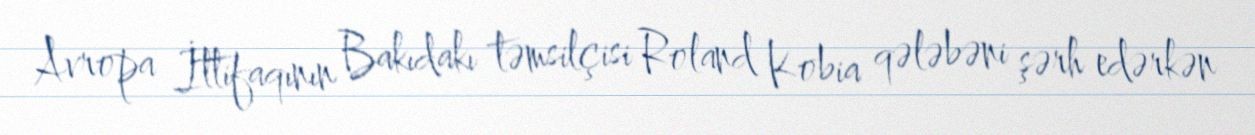
Avropa İttifaqının Bakıdakı təmsilçisi Roland Kobia qələbəni şərh edərkən